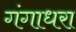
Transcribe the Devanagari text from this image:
गंगाधरा